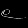
Digit: ၉